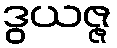
ဒွယဇ္ဇ